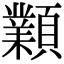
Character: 𩕟